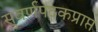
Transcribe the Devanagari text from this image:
सुवर्णपदकप्राप्त